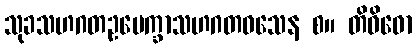
သုခသဟဂတဥပေက္ခာသဟဂတဝသေန စ။ တိဝိဓော